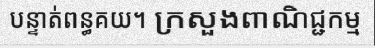
បន្ទាត់ពន្ធគយ។ ក្រសួងពាណិជ្ជកម្ម